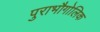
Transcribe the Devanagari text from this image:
पुराभौगोलिक